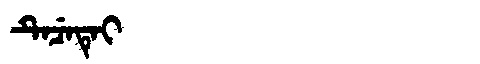
Manchu: ᡨᡝᠴᡝᡨᡝᡳ
Romanization: TECETEI